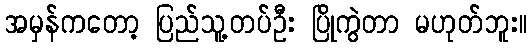
အမှန်ကတော့ ပြည်သူ့တပ်ဦး ပြိုကွဲတာ မဟုတ်ဘူး။